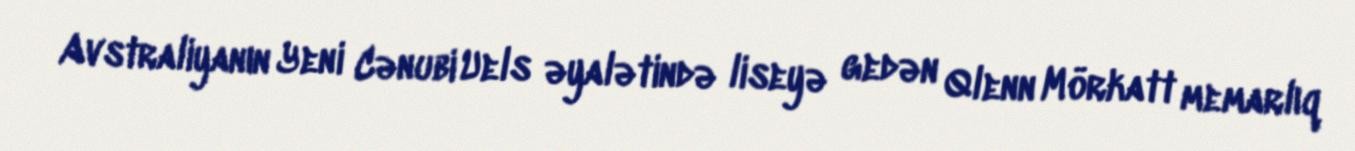
Avstraliyanın Yeni Cənubi Uels əyalətində liseyə gedən Qlenn Mörkatt memarlıq